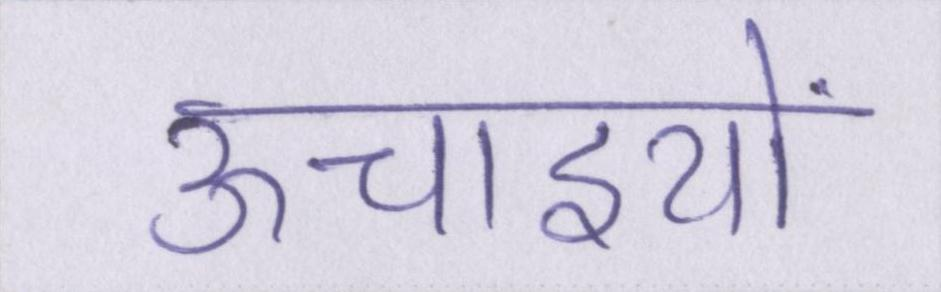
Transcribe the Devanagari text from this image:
ऊचाइयों